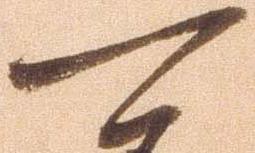
可